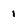
Character: 1